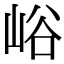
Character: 峪